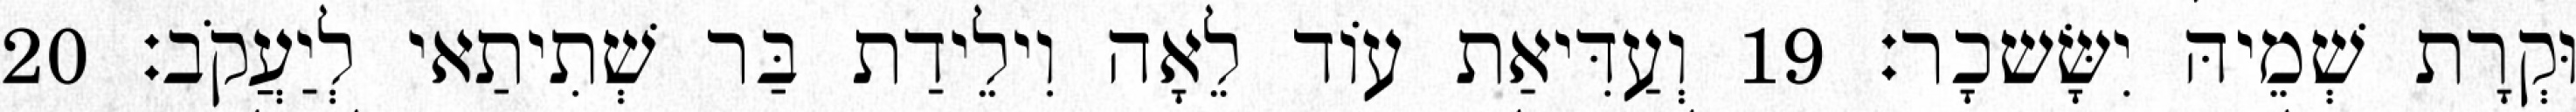
וּקְרָת שְׁמֵיהּ יִשָּׂשכָר׃ 19 וְעַדִּיאַת עוֹד לֵאָה וִילֵידַת בַּר שְׁתִיתַאי לְיַעֲקֹב׃ 20